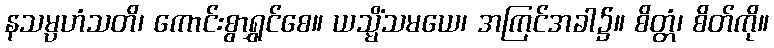
နသမ္ပဟံသတိ၊ ကောင်းစွာရွှင်စေ။ ယသ္မိံသမယေ၊ အကြင်အခါ၌။ စိတ္တံ၊ စိတ်ကို။